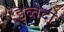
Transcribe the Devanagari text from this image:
इब्तेदा